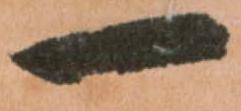
一